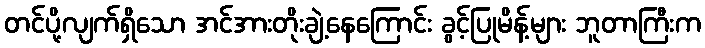
တင်ပို့လျက်ရှိသော အင်အားတိုးချဲ့နေကြောင်း ခွင့်ပြုမိန့်များ ဘူတာကြီးက